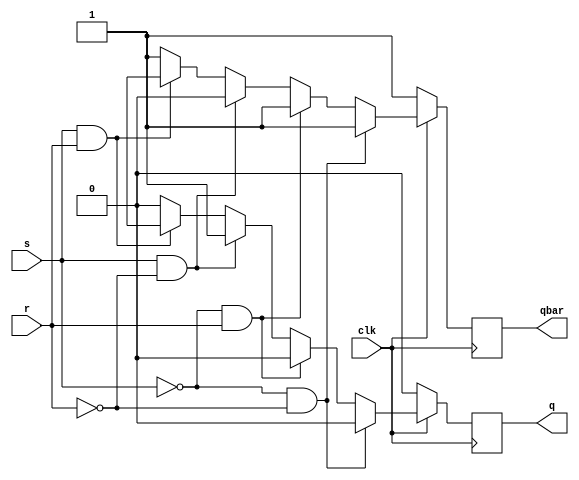
`timescale 1ns / 1ps
//////////////////////////////////////////////////////////////////////////////////
// Company: 
// Engineer: 
// 
// Design Name: 
// Module Name:    sr_ff 
// Project Name: 
// Target Devices: 
// Tool versions: 
// Description: 
//
// Dependencies: 
//
// Revision: 
// Revision 0.01 - File Created
// Additional Comments: 
//
//////////////////////////////////////////////////////////////////////////////////
module sr_ff(
    input s,r,clk,
    output reg q,qbar
    );

always@(posedge clk)
begin
q=1'b0; qbar=1'b1;

if(clk==1) begin
if(s==0 && r==0) begin
q=q; qbar=qbar; end
else if(s==0 && r==1) begin
q=1'b0; qbar=1'b1; end
else if(s==1 && r==0) begin
q=1'b1; qbar=1'b0; end
else if(s==1 && r==1) begin
q=1'bx; qbar=1'bx; end
end

if(clk==0) begin
q=q; qbar=qbar; end

end
endmodule